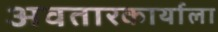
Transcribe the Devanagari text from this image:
अवतारकार्याला